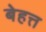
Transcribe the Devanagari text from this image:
बेहत्त